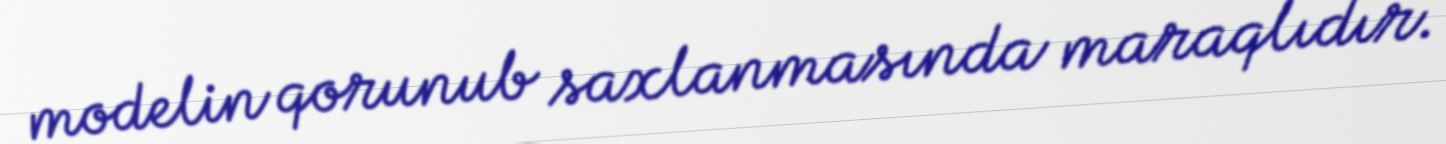
modelin qorunub saxlanmasında maraqlıdır.